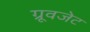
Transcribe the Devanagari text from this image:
ग्रूवजेट